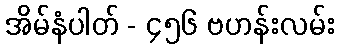
အိမ်နံပါတ် - ၄၅၆ ဗဟန်းလမ်း